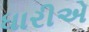
ધારીએ